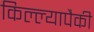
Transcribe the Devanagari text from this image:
किल्ल्यापैकी